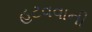
હટવવાની